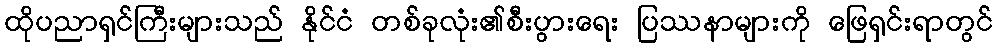
ထိုပညာရှင်ကြီးများသည် နိုင်ငံ တစ်ခုလုံး၏စီးပွားရေး ပြဿနာများကို ဖြေရှင်းရာတွင်